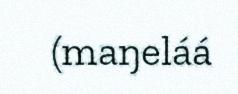
(maŋeláá